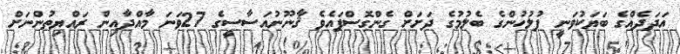
އަދަދެއްގެ ބަޔަކުވަނީ ފުލުހުންގެ ބެލުމުގެ ދަށަށް ގެންގޮސްފައެވެ ޤާނޫނުއަސާސީގެ 27ވަނަ މާއްދާއިން ރައްޔިތުންނަށް